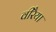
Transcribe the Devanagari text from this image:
वीरैया